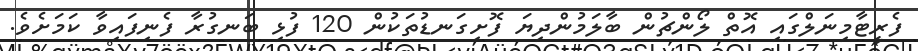
ފެރީޓާމިނަލްގައި އޮތް ލޯންޗުން ބާލަމުންދިޔަ ފޮށިގަނޑުތަކުން 120 ފުޅި ބަނގުރާ ފެނިފައިވާ ކަމަށެވެ.